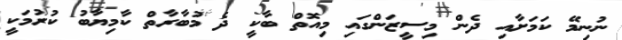
ނުނިމޭ ކަމަށާއި ދެން މިސީޒަންގައި މިއޮތް ބާކީ ދެ މުބާރާތް ކާމިޔާބު ކުރުމަކީ